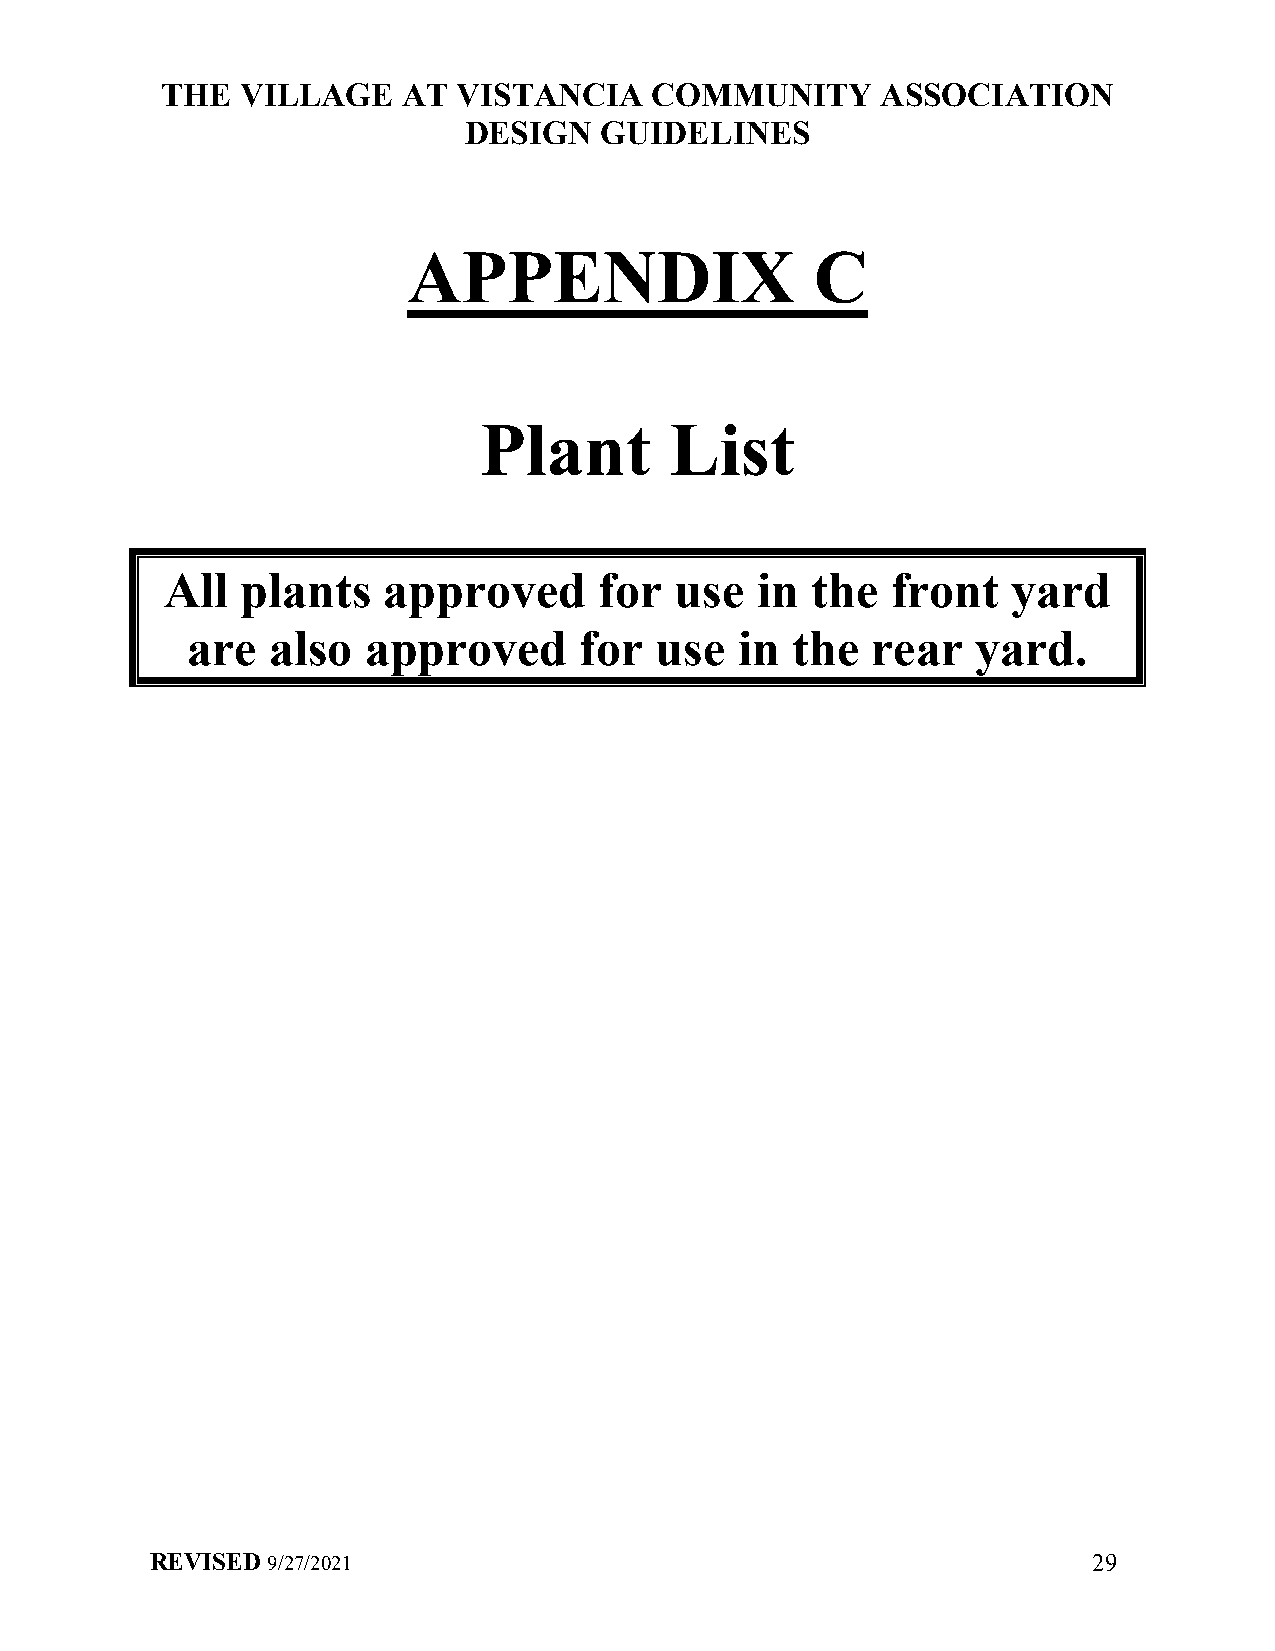
THE  VILLAGE    AT VISTANCIA    COMMUNITY      ASSOCIATION
 DESIGN   GUIDELINES
 APPENDIX                   C
 Plant       List
 All  plants   approved       for  use  in  the  front   yard
 are   also  approved      for  use   in the   rear   yard.
 REVISED 9/27/2021                                             29